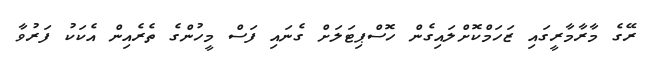
ރޭގެ މާރާމާރީގައި ޒަހަމްކޮށްލައިގެން ހޮސްޕިޓަލަށް ގެނައި ފަސް މީހުންގެ ތެރެއިން އެކަކު ފަރުވާ